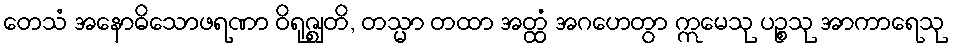
တေသံ အနောဓိသောဖရဏာ ဝိရုဇ္ဈတိ, တသ္မာ တထာ အတ္ထံ အဂဟေတွာ ဣမေသု ပဉ္စသု အာကာရေသု